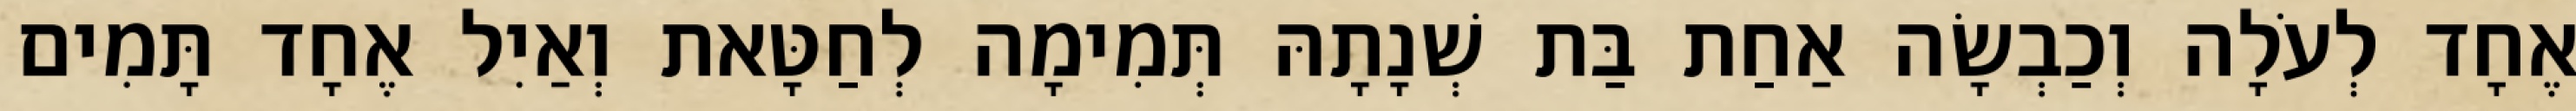
אֶחָד לְעֹלָה וְכַבְשָׂה אַחַת בַּת שְׁנָתָהּ תְּמִימָה לְחַטָּאת וְאַיִל אֶחָד תָּמִים